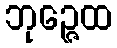
ဘုဉ္ဇေထ